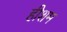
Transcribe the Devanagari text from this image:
हीशम